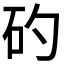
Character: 𥐝